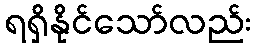
ရရှိနိုင်သော်လည်း